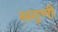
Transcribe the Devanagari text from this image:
सगुणी